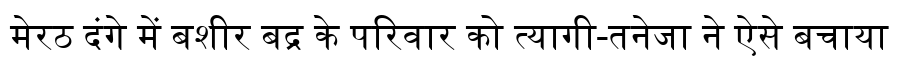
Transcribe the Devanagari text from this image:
मेरठ दंगे में बशीर बद्र के परिवार को त्यागी-तनेजा ने ऐसे बचाया